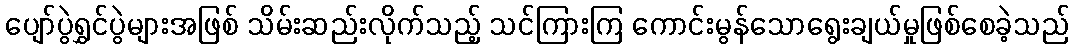
ပျော်ပွဲရွှင်ပွဲများအဖြစ် သိမ်းဆည်းလိုက်သည့် သင်ကြားကြ ကောင်းမွန်သောရွေးချယ်မှုဖြစ်စေခဲ့သည်